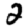
Digit: 2